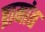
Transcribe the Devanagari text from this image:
ब्रामांत